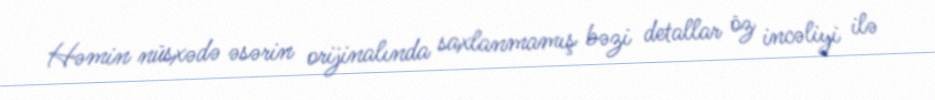
Həmin nüsxədə əsərin orijinalında saxlanmamış bəzi detallar öz incəliyi ilə